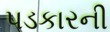
પડકારની